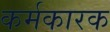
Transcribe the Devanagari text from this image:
कर्मकारक